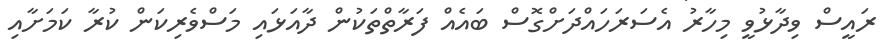
ރައީސް ވިދާޅުވީ މިހާރު އެސަރަހައްދަށްގޮސް ބައެއް ފަރާތްތަކުން ދާއަޅައި މަސްވެރިކަން ކުރާ ކަމަށާއި